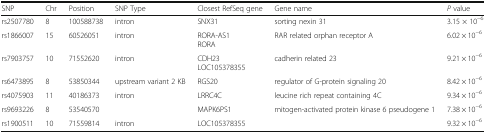
<table><thead><tr><td><b>SNP</b></td><td><b>Chr</b></td><td><b>Position</b></td><td><b>SNP Type</b></td><td><b>Closest RefSeq gene</b></td><td><b>Gene name</b></td><td><b><i>P</i> value</b></td></tr></thead><tbody><tr><td>rs2507780</td><td>8</td><td>100588738</td><td>intron</td><td>SNX31</td><td>sorting nexin 31</td><td>3.15 × 10<sup>−6</sup></td></tr><tr><td>rs1866007</td><td>15</td><td>60526051</td><td>intron</td><td>RORA-AS1RORA</td><td>RAR related orphan receptor A</td><td>6.02 × 10<sup>−6</sup></td></tr><tr><td>rs7903757</td><td>10</td><td>71552620</td><td>intron</td><td>CDH23LOC105378355</td><td>cadherin related 23</td><td>9.21 × 10<sup>−6</sup></td></tr><tr><td>rs6473895</td><td>8</td><td>53850344</td><td>upstream variant 2 KB</td><td>RGS20</td><td>regulator of G-protein signaling 20</td><td>8.42 × 10<sup>−6</sup></td></tr><tr><td>rs4075903</td><td>11</td><td>40186373</td><td>intron</td><td>LRRC4C</td><td>leucine rich repeat containing 4C</td><td>9.34 × 10<sup>−6</sup></td></tr><tr><td>rs9693226</td><td>8</td><td>53540570</td><td></td><td>MAPK6PS1</td><td>mitogen-activated protein kinase 6 pseudogene 1</td><td>7.38 × 10<sup>−6</sup></td></tr><tr><td>rs1900511</td><td>10</td><td>71559814</td><td>intron</td><td>LOC105378355</td><td></td><td>9.32 × 10<sup>−6</sup></td></tr></tbody></table>